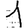
Digit: 1